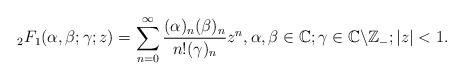
LaTeX: \begin{align*}_2F_{1}(\alpha,\beta;\gamma;z)=\sum_{n=0}^{\infty}\frac{(\alpha)_{n}(\beta)_{n}}{n!(\gamma)_{n}}z^{n}, \alpha, \beta\in\mathbb{C};\gamma\in\mathbb{C}\backslash\mathbb{Z}_-; |z|<1.\end{align*}